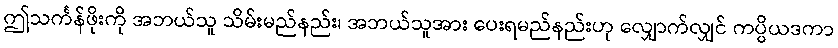
ဤသင်္ကန်ဖိုးကို အဘယ်သူ သိမ်းမည်နည်း၊ အဘယ်သူအား ပေးရမည်နည်းဟု လျှောက်လျှင် ကပ္ပိယဒကာ